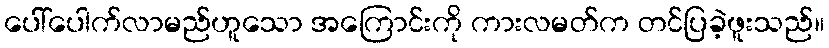
ပေါ်ပေါက်လာမည်ဟူသော အကြောင်းကို ကားလမတ်က တင်ပြခဲ့ဖူးသည်။